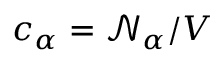
c _ { \alpha } = \mathcal { N } _ { \alpha } / V